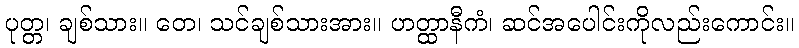
ပုတ္တ၊ ချစ်သား။ တေ၊ သင်ချစ်သားအား။ ဟတ္ထာနီကံ၊ ဆင်အပေါင်းကိုလည်းကောင်း။